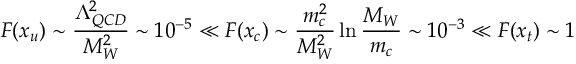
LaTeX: F ( x _ { u } ) \sim \frac { \Lambda _ { Q C D } ^ { 2 } } { M _ { W } ^ { 2 } } \sim 1 0 ^ { - 5 } \ll F ( x _ { c } ) \sim \frac { m _ { c } ^ { 2 } } { M _ { W } ^ { 2 } } \ln \frac { M _ { W } } { m _ { c } } \sim 1 0 ^ { - 3 } \ll F ( x _ { t } ) \sim 1